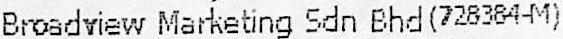
BROADVIEW MARKETING SDN BHD(728384-M)